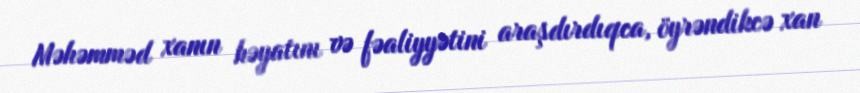
Məhəmməd xanın həyatını və fəaliyyətini araşdırdıqca, öyrəndikcə xan